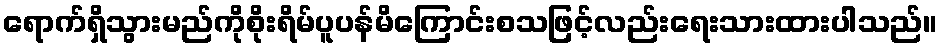
ရောက်ရှိသွားမည်ကိုစိုးရိမ်ပူပန်မိကြောင်းစသဖြင့်လည်းရေးသားထားပါသည်။